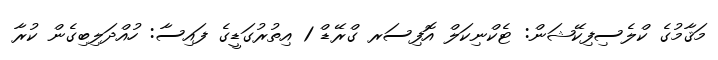
މަޤާމުގެ ކްލެސިފިކޭޝަން: ޓެކްނިކަލް އޮފިސަރ ގްރޭޑް 1 އިތުރުގަޑީގެ ފައިސާ: ހުއްދަލިބިގެން ކުރާ